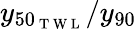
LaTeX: y_{50_{\mathrm{~T~W~L~}}}/y_{90}